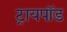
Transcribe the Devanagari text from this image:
ट्रायपाॅड